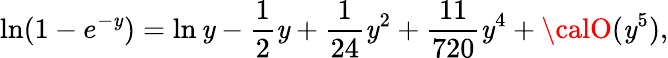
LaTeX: \ln(1-e^{-\mathit{y}})=\ln\mathit{y}-\frac{{1}}{{2}}\mathit{y}+\frac{{1}}{{24}}\mathit{y}^{2}+\frac{{11}}{{720}}\mathit{y}^{4}+{\calO}(\mathit{y}^{5}),